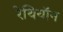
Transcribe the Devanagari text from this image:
रेथियॉन